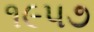
૧૯૫૭